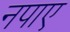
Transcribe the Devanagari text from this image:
नपाए